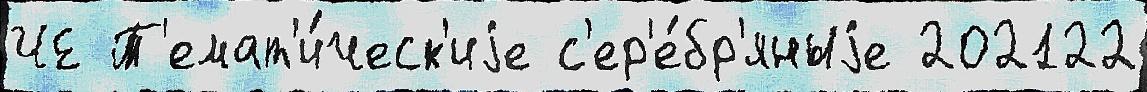
ЧЕ Т'емат'и́ческ'иjе с'ер'е́бр'яныjе 202122